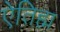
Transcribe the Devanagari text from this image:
ऐतिह्म